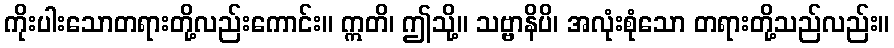
ကိုးပါးသောတရားတို့လည်းကောင်း။ ဣတိ၊ ဤသို့။ သဗ္ဗာနိပိ၊ အလုံးစုံသော တရားတို့သည်လည်း။